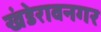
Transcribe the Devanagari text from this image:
खंडेरावनगर